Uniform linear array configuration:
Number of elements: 48
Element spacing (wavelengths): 0.25
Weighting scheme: kaiser
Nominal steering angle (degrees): -45
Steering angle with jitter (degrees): -43.861
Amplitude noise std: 0.05
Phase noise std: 0.05

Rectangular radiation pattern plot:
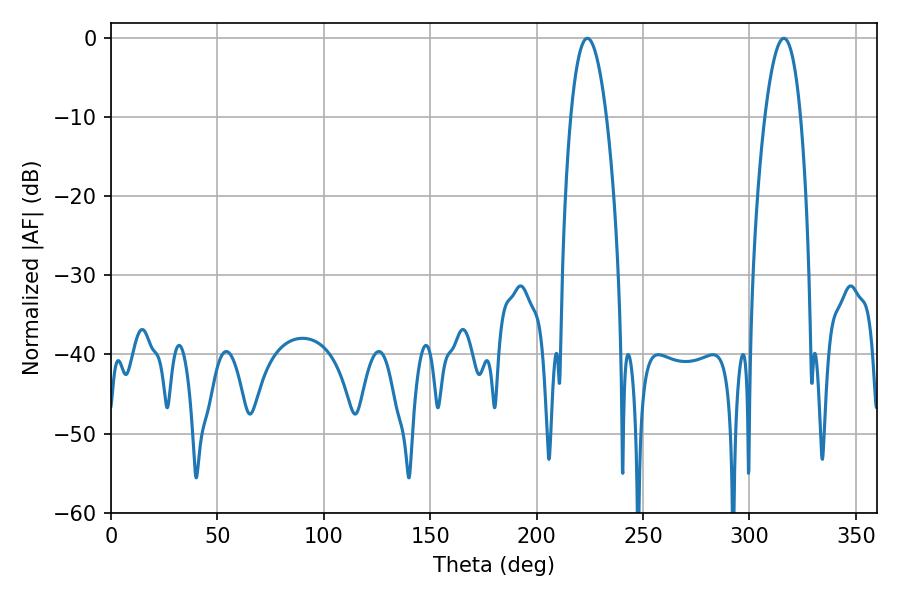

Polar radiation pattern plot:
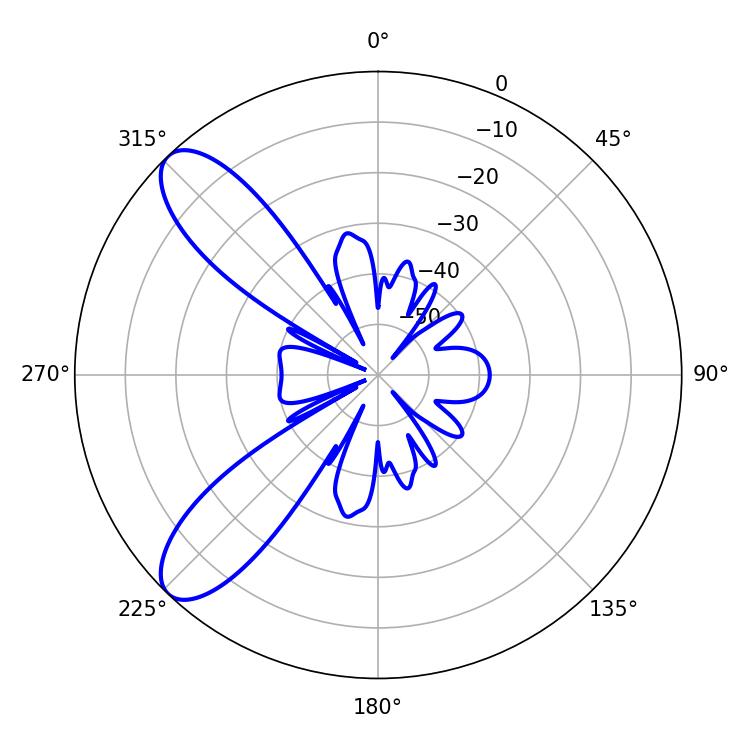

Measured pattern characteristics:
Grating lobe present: FALSE
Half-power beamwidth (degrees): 9.18
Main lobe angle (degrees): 316.08